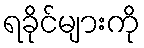
ရခိုင်များကို